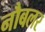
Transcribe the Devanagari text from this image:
नौबलर